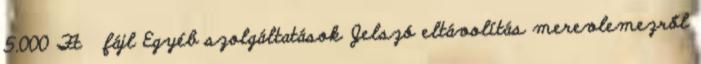
5.000 Ft fájl Egyéb szolgáltatások Jelszó eltávolítás merevlemezről